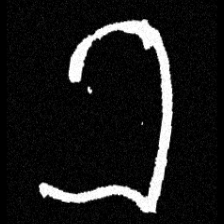
Pyu character \u2014 Myanmar letter: ခ (romanized: kha)